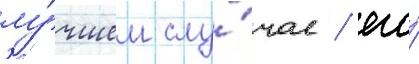
лу́чшем слу́чае / его́